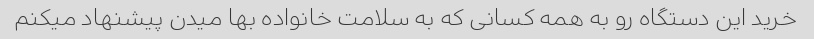
خرید این دستگاه رو به همه کسانی که به سلامت خانواده بها میدن پیشنهاد میکنم